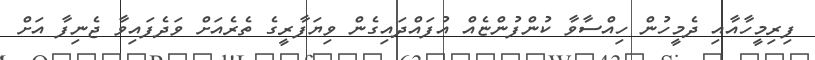
ފިރިމީހާއާއި ދެމީހުން ހިއްސާވާ ކުންފުންޏެއް އުފައްދައިގެން ވިޔަފާރީގެ ތެރެއަށް ވަދެފައިވާ ޖެނިފާ އަށް